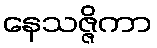
နေသဇ္ဇိကာ